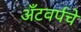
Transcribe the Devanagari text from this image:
अँटवर्पचे